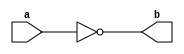
module NotGate(a,b) ;

output b ;
input a ;

nand(b,a,a) ;

endmodule 

module AndGate(a,b,c) ;

output c ;
input a,b ;
wire x ;

nand(x,a,b) ;
nand(c,x,x) ; 

endmodule 

module OrGate(a,b,c) ;

output c ;
input a,b ;
wire x,y ;

nand(x,a,a) ;
nand(y,b,b) ;
nand(c,x,y) ;

endmodule

module XorGate(a,b,c) ;

output c ; 
input a,b ;
wire a_,b_,x,y ;

NotGate Na(a,a_) ;
NotGate Nb(b,b_) ;
AndGate A1(a,b_,x) ;
AndGate A2(a_,b,y) ;
OrGate O(x,y,c) ;

endmodule 

module HalfAdder(a,b,s,c) ;

output s,c ;
input a,b ;

AndGate A(a,b,c) ;
XorGate X(a,b,s) ;

endmodule